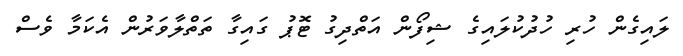
ލައިގެން ހުރި ހުދުކުލައިގެ ޝިފޯން އަތްދިގު ޓޮޕު ގައިގާ ތަތްލާވަރުން އެކަމާ ވެސް